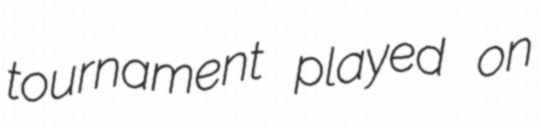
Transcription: tournament played on